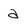
Character: a